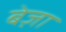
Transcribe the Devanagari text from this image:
बेज़ा